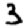
Digit: 3